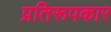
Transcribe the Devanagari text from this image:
प्रतिरूपकार